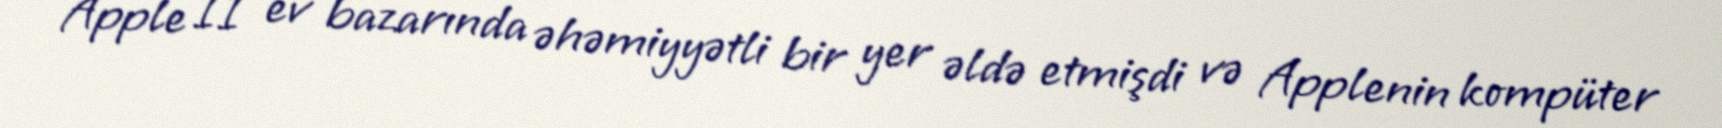
Apple II ev bazarında əhəmiyyətli bir yer əldə etmişdi və Applenin kompüter